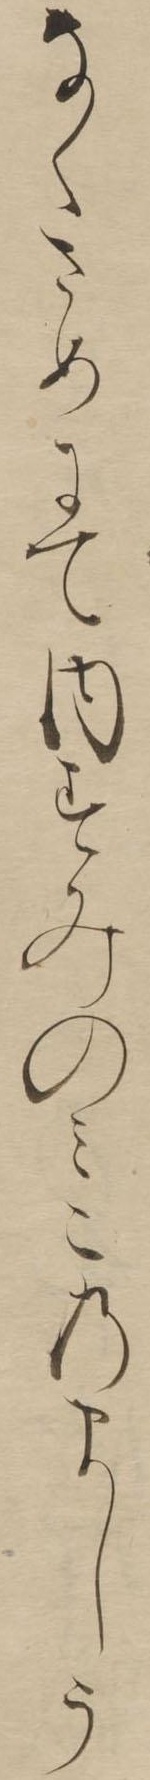
なくさめにて内すみのみこのましう